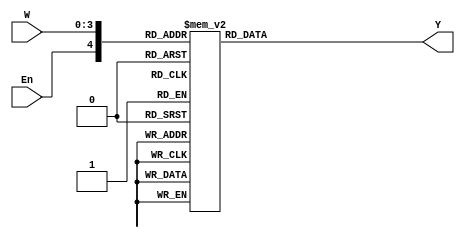
module dec4_16 (W,En,Y);
 input [3:0]W;
 input En;
 output reg [0:15] Y;
always @(W,En)
case ({En,W})
   5'b10000: Y=4'b0000;
   5'b10001: Y=4'b0001; 
   5'b10010: Y=4'b0010; 
   5'b10011: Y=4'b0011; 
   5'b10100: Y=4'b0100; 
   5'b10101: Y=4'b0101; 
   5'b10110: Y=4'b0110; 
   5'b10111: Y=4'b0111; 
   5'b11000: Y=4'b1000; 
   5'b11001: Y=4'b1001; 
   5'b11010: Y=4'b1010; 
   5'b11100: Y=4'b1100; 
   5'b11101: Y=4'b1101; 
   5'b11110: Y=4'b1110; 
   5'b11111: Y=4'b1111; 
    default: Y=4'b0000;
endcase 
    

endmodule